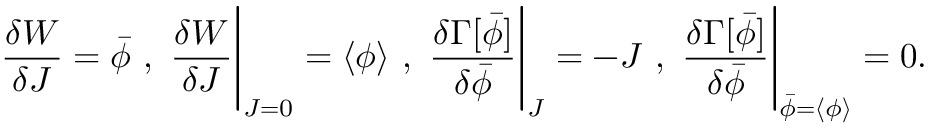
{ \frac { \delta W } { \delta J } } = { \bar { \phi } } ~ , ~ { \frac { \delta W } { \delta J } } { \Bigg | } _ { J = 0 } = \langle \phi \rangle ~ , ~ { \frac { \delta \Gamma [ { \bar { \phi } } ] } { \delta { \bar { \phi } } } } { \Bigg | } _ { J } = - J ~ , ~ { \frac { \delta \Gamma [ { \bar { \phi } } ] } { \delta { \bar { \phi } } } } { \Bigg | } _ { { \bar { \phi } } = \langle \phi \rangle } = 0 .